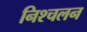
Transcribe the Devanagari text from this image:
निश्‍चलन